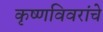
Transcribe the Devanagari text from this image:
कृष्णविवरांचे